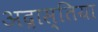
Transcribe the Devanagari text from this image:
अद्रास्तिया